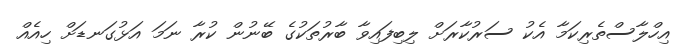
އިހްލާސްތެރިކަމާ އެކު ސަރުކާރަށް ލިބިފައިވާ ބާރުތަކުގެ ބޭނުން ކުރާ ނަމަ އަޅުގަނޑަށް ހިއެއް